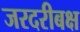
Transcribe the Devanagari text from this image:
जरदरीबक्ष